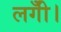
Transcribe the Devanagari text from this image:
लगीँ।